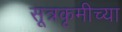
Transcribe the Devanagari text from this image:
सूत्रकृमीच्या